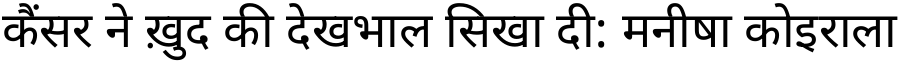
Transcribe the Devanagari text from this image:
कैंसर ने ख़ुद की देखभाल सिखा दी: मनीषा कोइराला